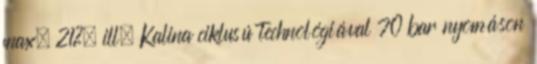
max. 21%, ill. Kalina ciklusú technológiával 70 bar nyomáson